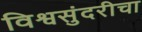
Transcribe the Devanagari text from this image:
विश्वसुंदरीचा